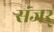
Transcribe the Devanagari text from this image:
संजर्